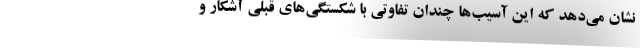
نشان مي‌دهد كه اين آسيب‌ها چندان تفاوتي با شكستگي‌هاي قبلي آشكار و